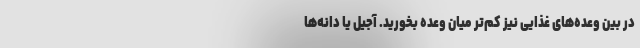
در بین وعده‌های غذایی نیز کم‌تر میان وعده بخورید. آجیل یا دانه‌ها